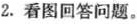
2.看图回答问题。